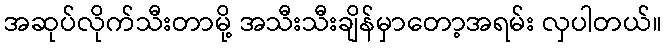
အဆုပ်လိုက်သီးတာမို့ အသီးသီးချိန်မှာတော့အရမ်း လှပါတယ်။